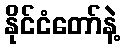
နိုင်ငံတော်နဲ့